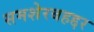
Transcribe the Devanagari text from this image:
समशेरबहद्दर